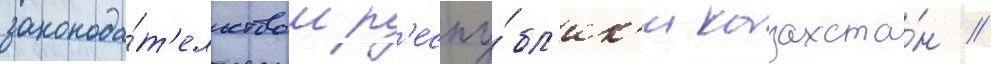
законода́т'ельством р'еспу́бл'ик'и казахста́н //